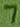
Text: 7